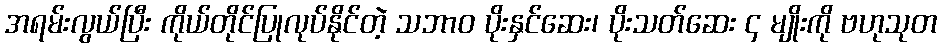
အရမ်းလွယ်ပြီး ကိုယ်တိုင်ပြုလုပ်နိုင်တဲ့ သဘာဝ ပိုးနှင်ဆေး၊ ပိုးသတ်ဆေး ၄ မျိုးကို ဗဟုသုတ